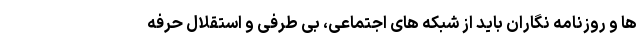
ها و روزنامه نگاران باید از شبکه های اجتماعی، بی طرفی و استقلال حرفه